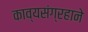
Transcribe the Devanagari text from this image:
काव्यसंग्रहाने